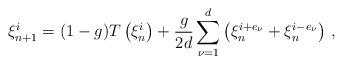
LaTeX: \begin{align*}\xi^i_{n+1} = (1-g) T\left(\xi^i_n\right) + \frac{g}{2d} \sum_{\nu=1}^d \left(\xi^{i+e_\nu}_n + \xi^{i-e_\nu}_n\right) \, ,\end{align*}